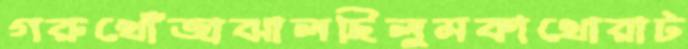
গরুখোঁজাঝালছিলুমকাথোরাট